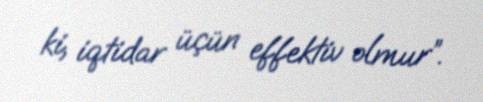
ki, iqtidar üçün effektiv olmur”.